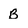
Character: B